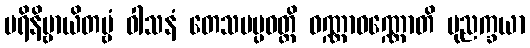
ပရိနိဗ္ဗာယိတဗ္ဗံ ဝါသနံ တေသမပ္ပဝတ္တိ ဝဏ္ဏာဝဏ္ဏောတိ ပုညက္ခယာ